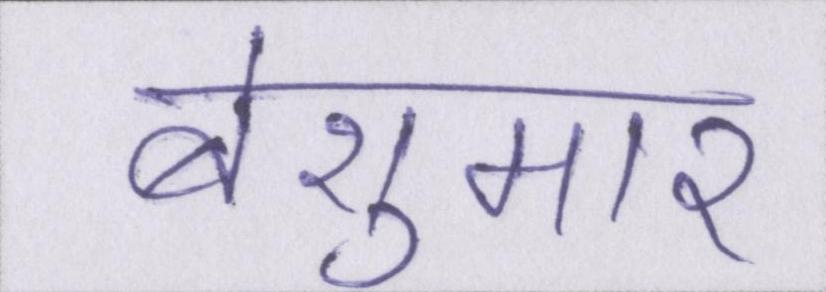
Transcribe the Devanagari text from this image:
बेशुमार